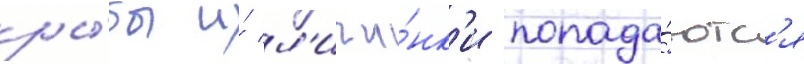
ры́бы и́ л'ичи́нк'и попада́ютс'я